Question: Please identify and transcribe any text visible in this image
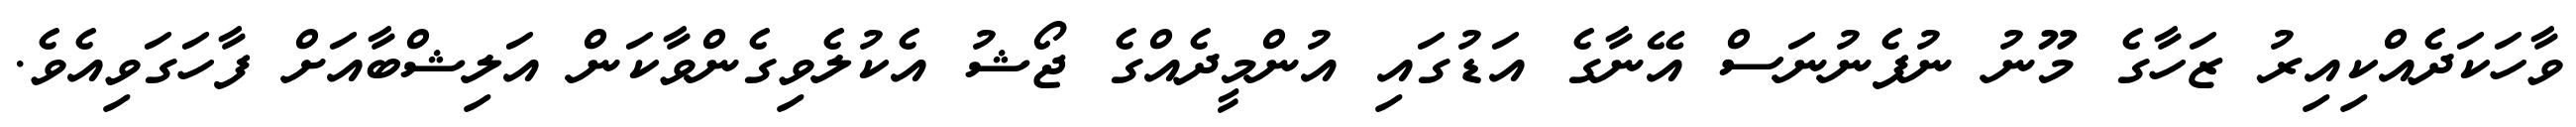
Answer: ވާހަކަދެއްކިއިރު ޒަހާގެ މޫނު ނުފެނުނަސް އޭނާގެ އަޑުގައި އުންމީދެއްގެ ޖޯޝު އެކުލެވިގެންވާކަން އަލިޝްބާއަށް ފާހަގަވިއެވެ.